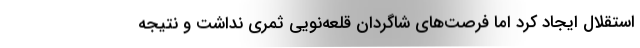
استقلال ایجاد کرد اما فرصت‌های شاگردان قلعه‌نویی ثمری نداشت و نتیجه